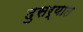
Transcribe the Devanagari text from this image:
दुसर्‍यात